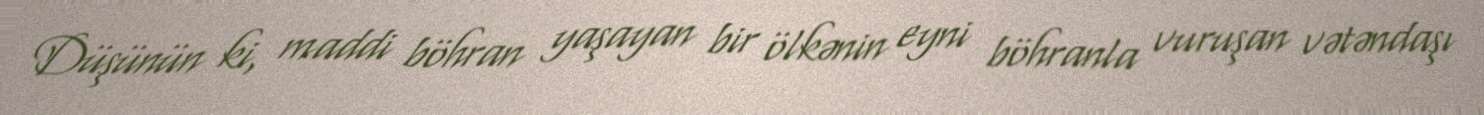
Düşünün ki, maddi böhran yaşayan bir ölkənin eyni böhranla vuruşan vətəndaşı